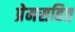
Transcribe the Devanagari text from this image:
प्रेमसहित